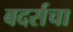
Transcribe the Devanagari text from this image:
बदर्सचा